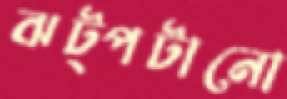
ঝট্‌পটানো